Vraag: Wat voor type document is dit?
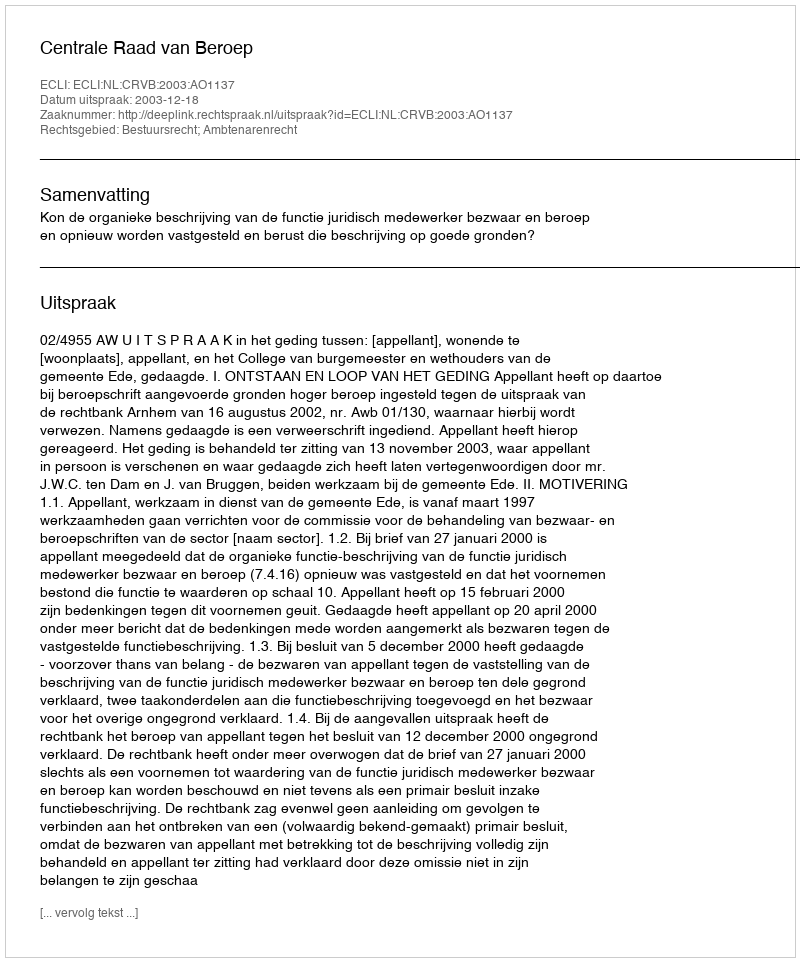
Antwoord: Uitspraak